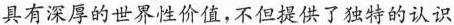
具有深厚的世界性价值,不但提供了独特的认识